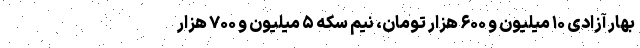
بهار آزادی ۱۰ میلیون و ۶۰۰ هزار تومان، نیم سکه ۵ میلیون و ۷۰۰ هزار